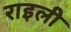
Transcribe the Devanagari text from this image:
राइली